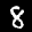
Label: 8